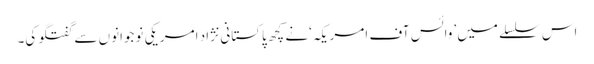
اس سلسلے میں ’وائس آف امریکہ‘نے کچھ پاکستانی نژاد امریکی نوجوانوں سے گفتگو کی۔